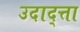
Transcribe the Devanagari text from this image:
उदाद्त्ता